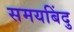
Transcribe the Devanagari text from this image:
समयबिंदु